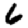
Digit: 6